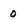
Character: 0